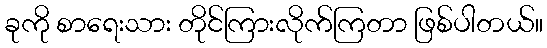
ခုကို စာရေးသား တိုင်ကြားလိုက်ကြတာ ဖြစ်ပါတယ်။